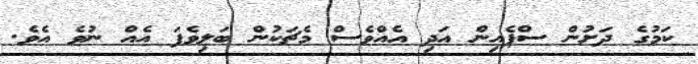
ކަމުގެ ދަށުން ސްޕެއިން އަދި އެއްވެސް މެޗަކުން ބަލިވެފަ އެއް ނުވެ އެވެ.